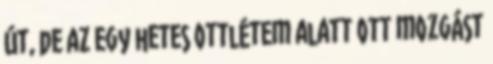
út, de az egy hetes ottlétem alatt ott mozgást